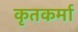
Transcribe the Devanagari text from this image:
कृतकर्मा